Report on vaccination in Madras 1895-1903 - 1895-1903
Year: 1895
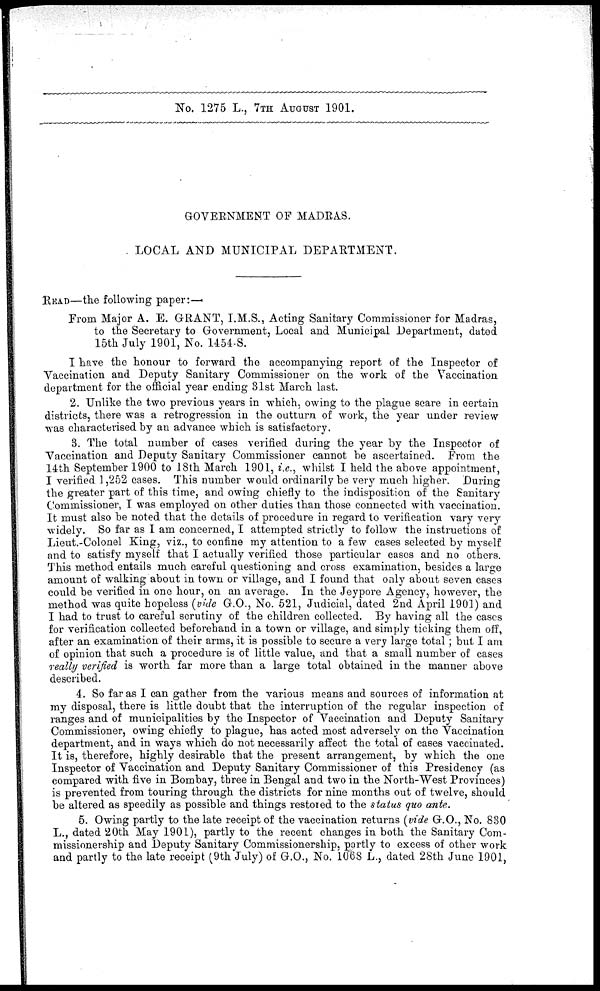
No. 1275 L., 7TH AUGUST 1901.
GOVERNMENT OF MADRAS.
LOCAL AND MUNICIPAL DEPARTMENT.
READ—the following paper:—
From Major A. E. GRANT, I.M.S., Acting Sanitary Commissioner for Madras,
to the Secretary to Government, Local and Municipal Department, dated
15th July 1901, No. 1454-S.
I have the honour to forward the accompanying report of the Inspector of
Vaccination and Deputy Sanitary Commissioner on the work of the Vaccination
department for the official year ending 31st March last.
2. Unlike the two previous years in which, owing to the plague scare in certain
districts, there was a retrogression in the outturn of work, the year under review
was characterised by an advance which is satisfactory.
3. The total number of cases verified during the year by the Inspector of
Vaccination and Deputy Sanitary Commissioner cannot be ascertained. From the
14th September 1900 to 18th March 1901, i.e., whilst I held the above appointment,
I verified 1,252 cases. This number would ordinarily be very much higher. During
the greater part of this time, and owing chiefly to the indisposition of the Sanitary
Commissioner, I was employed on other duties than those connected with vaccination.
It must also be noted that the details of procedure in regard to verification vary very
widely. So far as I am concerned, I attempted strictly to follow the instructions of
Lieut.-Colonel King, viz., to confine my attention to a few cases selected by myself
and to satisfy myself that I actually verified those particular cases and no others.
This method entails much careful questioning and cross examination, besides a large
amount of walking about in town or village, and I found that only about seven cases
could be verified in one hour, on an average. In the Jeypore Agency, however, the
method was quite hopeless (vide G.O., No. 521, Judicial, dated 2nd April 1901) and
I had to trust to careful scrutiny of the children collected. By having all the cases
for verification collected beforehand in a town or village, and simply ticking them off,
after an examination of their arms, it is possible to secure a very large total ; but I am
of opinion that such a procedure is of little value, and that a small number of cases
really verified is worth far more than a large total obtained in the manner above
described.
4. So far as I can gather from the various means and sources of information at
my disposal, there is little doubt that the interruption of the regular inspection of
ranges and of municipalities by the Inspector of Vaccination and Deputy Sanitary
Commissioner, owing chiefly to plague, has acted most adversely on the Vaccination
department, and in ways which do not necessarily affect the total of cases vaccinated.
It is, therefore, highly desirable that the present arrangement, by which the one
Inspector of Vaccination and Deputy Sanitary Commissioner of this Presidency (as
compared with five in Bombay, three in Bengal and two in the North-West Provinces)
is prevented from touring through the districts for nine months out of twelve, should
be altered as speedily as possible and things restored to the status quo ante.
5. Owing partly to the late receipt of the vaccination returns (vide G.O., No. 830
L., dated 20th May 1901), partly to the recent changes in both the Sanitary Com-
missionership and Deputy Sanitary Commissionership, partly to excess of other work
and partly to the late receipt (9th July) of G.O., No. 1068 L., dated 28th June 1901,